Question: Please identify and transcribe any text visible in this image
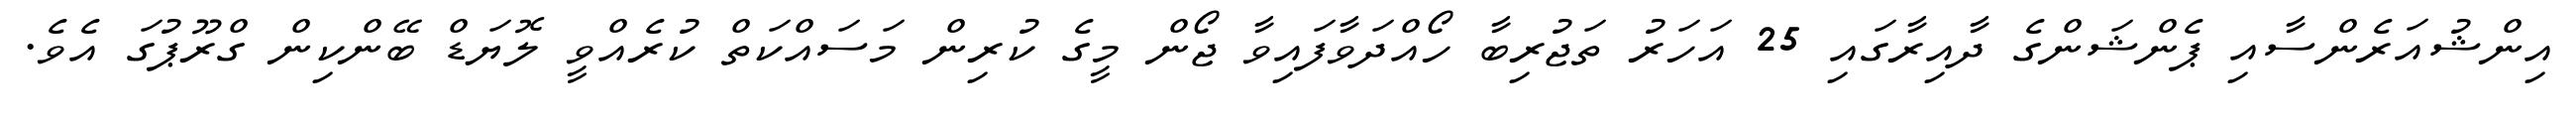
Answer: އިންޝުއަރެންސާއި ޕެންޝަންގެ ދާއިރާގައި 25 އަހަރު ތަޖުރިބާ ހޯއްދަވާފައިވާ ޖޯން މީގެ ކުރިން މަސައްކަތް ކުރެއްވީ ލޮޔަޑް ބޭންކިން ގްރޫޕުގަ އެވެ.